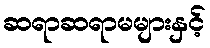
ဆရာဆရာမများနှင့်